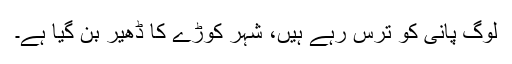
لوگ پانی کو ترس رہے ہیں، شہر کوڑے کا ڈھیر بن گیا ہے۔